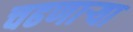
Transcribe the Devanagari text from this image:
चढणार्‍या